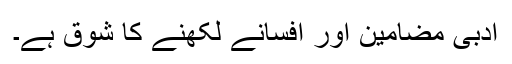
ادبی مضامین اور افسانے لکھنے کا شوق ہے۔